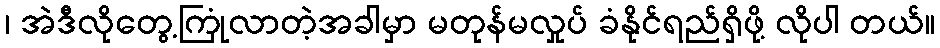
၊ အဲဒီလိုတွေ့ကြုံလာတဲ့အခါမှာ မတုန်မလှုပ် ခံနိုင်ရည်ရှိဖို့ လိုပါ တယ်။